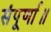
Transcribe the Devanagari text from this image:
संपूर्णा॥